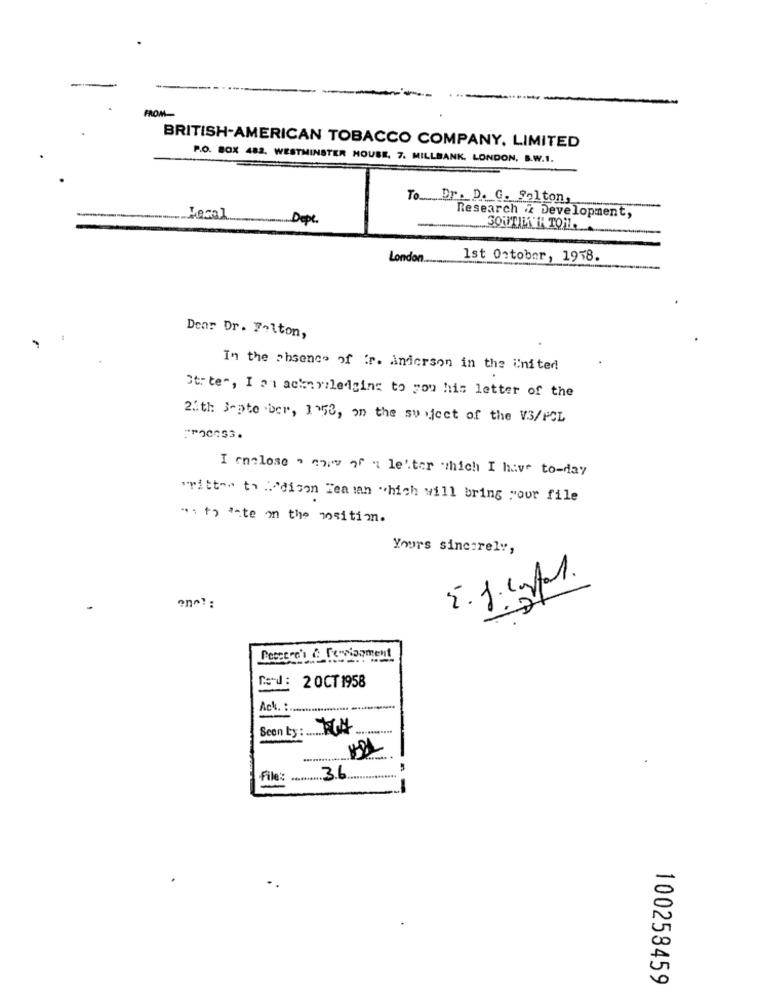
-
FROM-
BRITISH-AMERICAN TOBACCO COMPANY, LIMITED
P.O. BOX 482. WESTMINSTER HOUSE, 7. MILLBANK, LONDON, S.W.1.
To .... Dr. D. G. Salton,
Local
Depe.
Research & Development,
3OUTILATA TON
London
1st October, 1978.
Dear Dr. Falton,
In the absence of ir. Anderson in the United
State", I at ackariledging to you his letter of the
23th September, 1150, on the subject of the V3/POL
** 20053.
I enclose . mo of a letter which I have to-day
written to /dison Teaman "which will bring your file
as to ante on the nositim.
Yours sincerely,
2. 1. 1Al.
-
Pesce reh & feswiagment
Gerd: 20CT 1958
Ack. :
Seen by : ...... G.M.
File ::
36
100258459